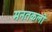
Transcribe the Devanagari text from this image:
मनतकली